Civil Veterinary Dept. North-West Frontier Province 1923-32 - 1923-1932
Year: 1923
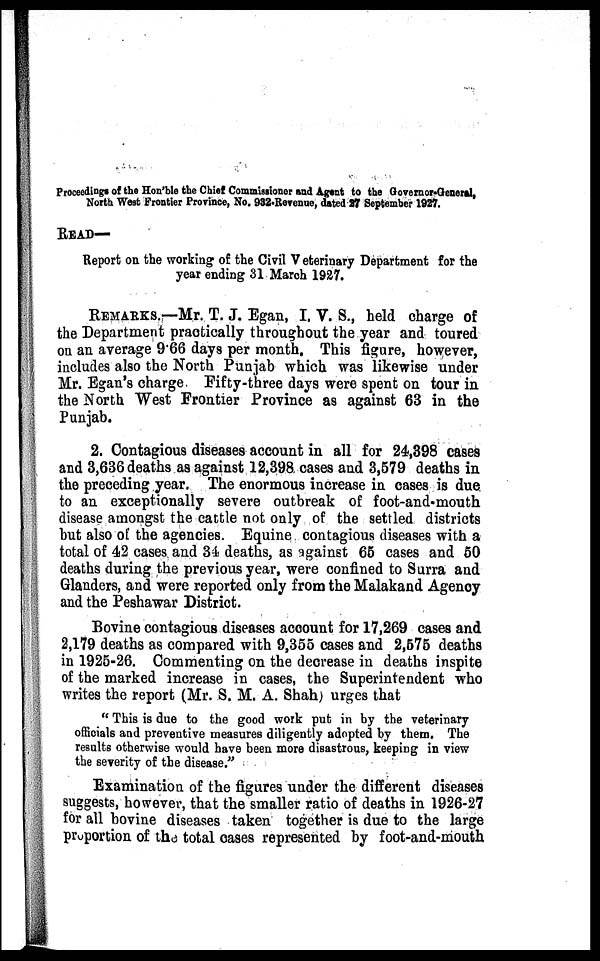
Proceedings of the Hon'ble the Chief Commissioner and Agent to the Governor-Generti,
North West Frontier Province, No. 932-Revenue, dated 27 September 1927.
READ —
Report on the working of the Civil V eterinary Department for the
year ending 31 March 1927.
REMARKS.—Mr. T. J. Egan, I. V. S., held charge of
the Department practically throughout the year and toured
on an average 9.66 days per month. This figure, however,
includes also the North Punjab which was likewise under
Mr. Egan's charge Fifty-three days were spent on tour in
the North West Frontier Province as against 63 in the
Punjab.
2. Contagious diseases account in all for 24,398 cases
and 3,636 deaths as against 12,398 cases and 3,579 deaths in
the preceding year. The enormous increase in cases is due
to an exceptionally severe outbreak of foot-and-mouth
disease amongst the cattle not only of the settled districts
but also of the agencies. Equine contagious diseases with a
total of 42 cases and 34 deaths, as against 65 cases and 50
deaths during the previous year, were confined to Surra and
Glanders, and were reported only from the Malakand Agency
and the Peshawar District.
Bovine contagious diseases account for 17,269 cases and
2,179 deaths as compared with 9,355 cases and 2,575 deaths
in 1925-26. Commenting on the decrease in deaths inspite
of the marked increase in cases, the Superintendent who
writes the report (Mr. S. M. A. Shah) urges that
"This is due to the good work put in by the veterinary
officials and preventive measures diligently adopted by them. The
results otherwise would have been more disastrous, keeping in view
the severity of the disease."
Examination of the figures under the different diseases
suggests, however, that the smaller ratio of deaths in 1926-27
for all bovine diseases taken together is due to the large
proportion of the total cases represented by foot-and-mouth